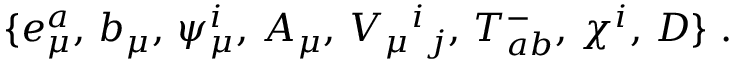
\{ e _ { \mu } ^ { a } , \, b _ { \mu } , \, \psi _ { \mu } ^ { i } , \, A _ { \mu } , \, { \cal V } _ { \mu } { } ^ { i } { } _ { j } , \, T _ { a b } ^ { - } , \, \chi ^ { i } , \, D \} \ .